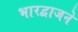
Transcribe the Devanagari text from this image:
भारद्वाजने